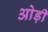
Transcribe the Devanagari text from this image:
ओड़ी